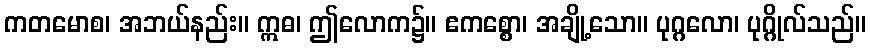
ကတမောစ၊ အဘယ်နည်း။ ဣဓ၊ ဤလောက၌။ ဧကစ္စော၊ အချို့သော။ ပုဂ္ဂလော၊ ပုဂ္ဂိုလ်သည်။